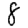
Digit: 8